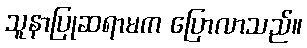
သူနာပြုဆရာမက ပြောလာသည်။